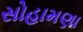
સોહામણા